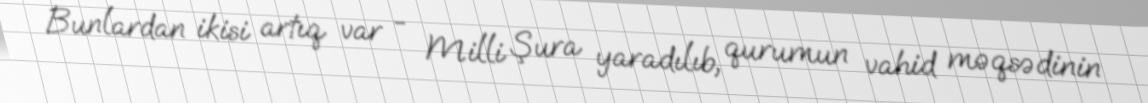
Bunlardan ikisi artıq var - Milli Şura yaradılıb, qurumun vahid məqsədinin